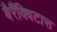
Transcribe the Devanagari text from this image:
बैरैंक्विटास